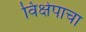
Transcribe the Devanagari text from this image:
विक्षेपाचा